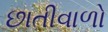
છાતીવાળો